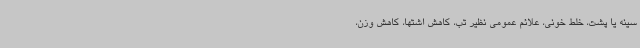
سینه یا پشت، خلط خونی، علائم عمومی نظیر تب، کاهش اشتها، کاهش وزن،